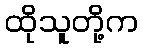
ထိုသူတို့က